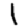
Digit: 1